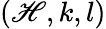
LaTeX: (\mathscr{H},k,l)